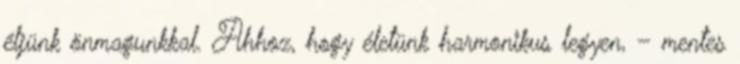
éljünk önmagunkkal. Ahhoz, hogy életünk harmonikus legyen, – mentes